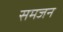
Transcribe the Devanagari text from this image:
समजन